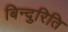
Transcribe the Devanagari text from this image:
बिन्दुरिति